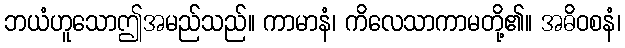
ဘယံဟူသောဤအမည်သည်။ ကာမာနံ၊ ကိလေသာကာမတို့၏။ အဓိဝစနံ၊